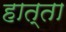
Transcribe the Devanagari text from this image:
हात्ता